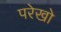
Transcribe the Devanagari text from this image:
परेखो